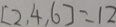
[ 2 , 4 , 6 ] = 1 2